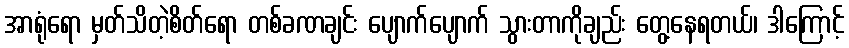
အာရုံရော မှတ်သိတဲ့စိတ်ရော တစ်ခဏချင်း ပျောက်ပျောက် သွားတာကိုချည်း တွေ့နေရတယ်၊ ဒါကြောင့်